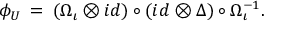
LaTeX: \phi _ { U } \: = \: ( \Omega _ { \iota } \otimes i d ) \circ ( i d \otimes \Delta ) \circ \Omega _ { \iota } ^ { - 1 } .